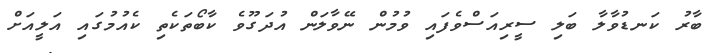
ބާރު ކަނޑުވާލާ ބަލި ސީރިއަސްވެފައި ވުމުން ނޭވާލަން އުދަގޫވެ ކާބޯތަކެތި ކެއުމުގައި އަލީއަށް